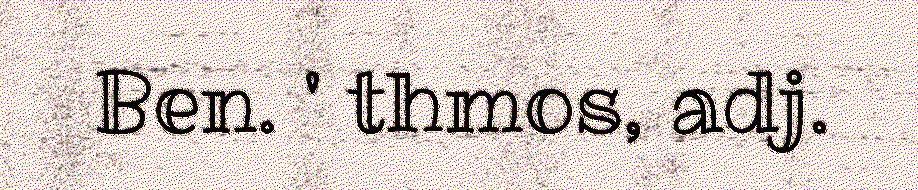
Ben. ' thmos, adj.